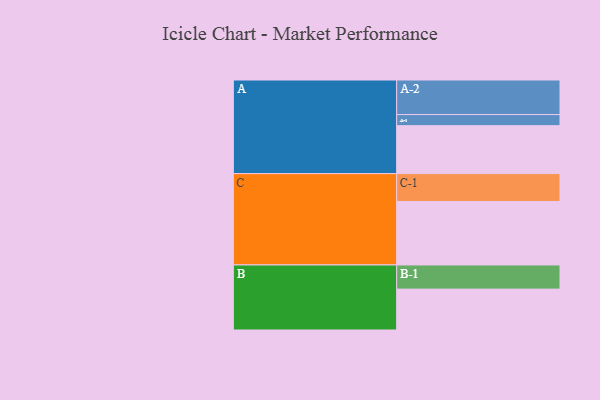
{"axis": {"x": "Segment", "y": "Value"}, "legend": ["", "A", "B", "C"], "data": [{"x": "A", "y": 401, "type": ""}, {"x": "B", "y": 342, "type": ""}, {"x": "C", "y": 531, "type": ""}, {"x": "A-1", "y": 93, "type": "A"}, {"x": "A-2", "y": 289, "type": "A"}, {"x": "B-1", "y": 202, "type": "B"}, {"x": "C-1", "y": 233, "type": "C"}]}